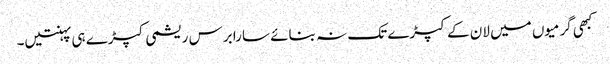
کبھی گرمیوں میں لان کے کپڑے تک نہ بنائے سارا برس ریشمی کپڑے ہی پہنتیں۔